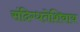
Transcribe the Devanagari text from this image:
संदिग्धतेशिवाय